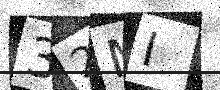
Text: 32MI